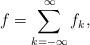
LaTeX: \begin{align*} f =\sum \limits_{k=-\infty}^\infty f_k,\end{align*}